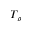
T _ { \rho }